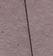
Signature authenticity: genuine